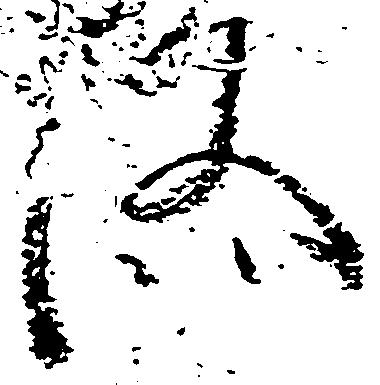
汰